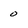
Character: 0